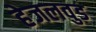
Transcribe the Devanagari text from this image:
हेजलवुड